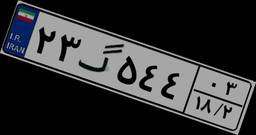
۲۳گ۵۴۴۰۳